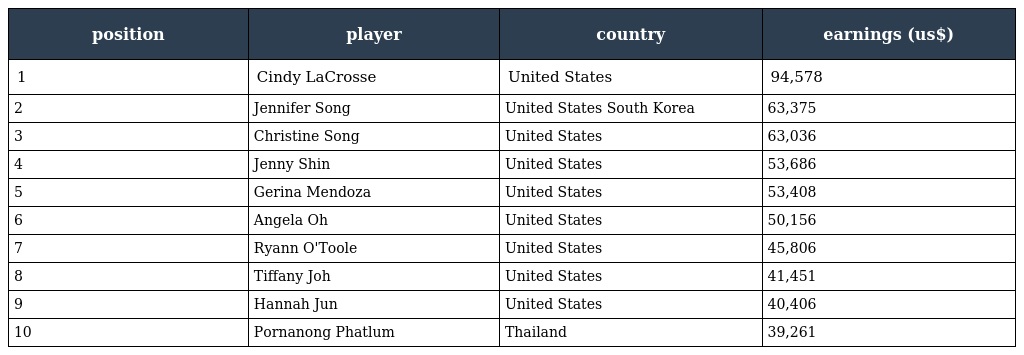
| position | player | country | earnings (us$) |
 | --- | --- | --- | --- |
 | 1 | Cindy LaCrosse | United States | 94,578 |
 | 2 | Jennifer Song | United States South Korea | 63,375 |
 | 3 | Christine Song | United States | 63,036 |
 | 4 | Jenny Shin | United States | 53,686 |
 | 5 | Gerina Mendoza | United States | 53,408 |
 | 6 | Angela Oh | United States | 50,156 |
 | 7 | Ryann O'Toole | United States | 45,806 |
 | 8 | Tiffany Joh | United States | 41,451 |
 | 9 | Hannah Jun | United States | 40,406 |
 | 10 | Pornanong Phatlum | Thailand | 39,261 |